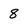
Character: 8